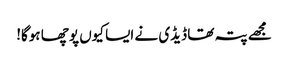
مجھے پتہ تھا ڈیڈی نے ایسا کیوں پوچھا ہوگا!